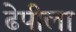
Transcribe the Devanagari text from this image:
ढेपीला